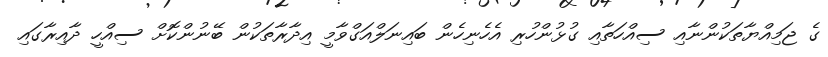
ގެ ޖަމިއްޔާތަކުންނާއި ސިއްހަތާއި ގުޅުންހުރި އެހެނިހެން ބައިނަލްއަގްވާމީ އިދާރާތަކުން ބޭނުންކޮށް ސިއްހީ ދާއިރާގައި